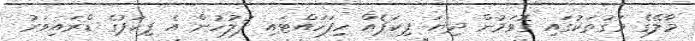
މާލޭގެ މަގުތަކުގައި ގޮވަމުން ދިޔަ ޕިކަޕެއް ހިފަހައްޓައި ފުލުހުން އެ ޕިކަޕުގެ ޑްރައިވަރު